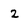
Character: 2